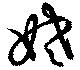
姥